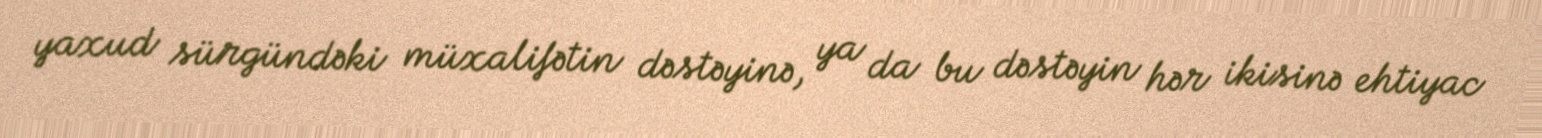
yaxud sürgündəki müxalifətin dəstəyinə, ya da bu dəstəyin hər ikisinə ehtiyac